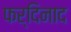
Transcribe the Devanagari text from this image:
फर्दिनाद